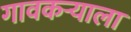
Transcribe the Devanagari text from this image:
गावकर्‍याला